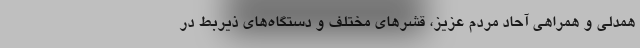
همدلی و همراهی آحاد مردم عزیز، قشرهای مختلف و دستگاه‌­های ذیربط در